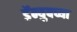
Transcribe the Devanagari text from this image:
डॅन्युबच्या